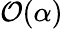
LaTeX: {\cal O}(\alpha)